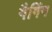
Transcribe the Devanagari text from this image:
गैगिंग